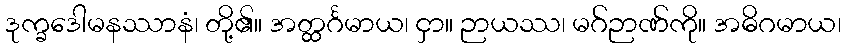
ဒုက္ခဒေါမနဿာနံ၊ တို့၏။ အတ္ထင်္ဂမာယ၊ ငှာ။ ဉာယဿ၊ မဂ်ဉာဏ်ကို။ အဓိဂမာယ၊